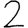
Digit: 2